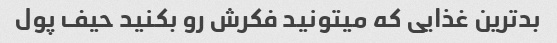
بدترین غذایی که میتونید فکرش رو بکنید حیف پول